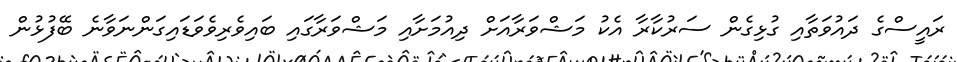
ރައީސްގެ ދައުވަތާއި ގުޅިގެން ސަރުކާރާ އެކު މަޝްވަރާއަށް ދިއުމަށާއި މަޝްވަރާގައި ބައިވެެރިވެވަޑައިގަންނަވާނެ ބޭފުޅުން